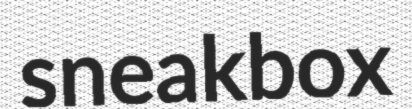
sneakbox